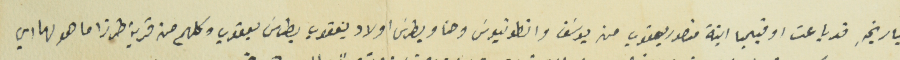
بتاريخهِ قد باعت اوفيميا ابنة منصور يعقوب من يوسَف وانطونيوسَ وحنا وبطرسَ اولاد يعقوب بطرسَ يعقوب وكلهم من قرية طرزا ما هو لها وهي